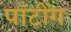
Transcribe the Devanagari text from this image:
पाँटींग